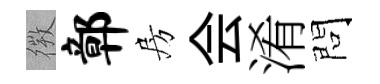
𢕄鄣房会淆問